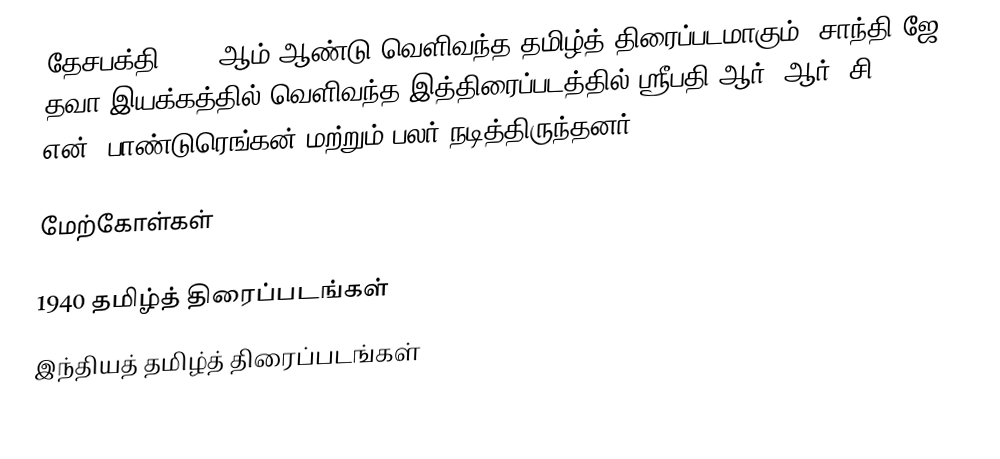
தேசபக்தி 1940 ஆம் ஆண்டு வெளிவந்த தமிழ்த் திரைப்படமாகும். சாந்தி ஜே. தவா இயக்கத்தில் வெளிவந்த இத்திரைப்படத்தில் ஸ்ரீபதி ஆர். ஆர், சி. என். பாண்டுரெங்கன் மற்றும் பலர் நடித்திருந்தனர்.

மேற்கோள்கள்

1940 தமிழ்த் திரைப்படங்கள்
இந்தியத் தமிழ்த் திரைப்படங்கள்